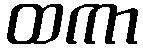
ထကာ